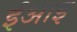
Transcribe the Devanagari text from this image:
ईआइ